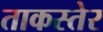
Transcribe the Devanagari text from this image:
ताकस्तेर